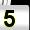
Digit: 5